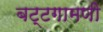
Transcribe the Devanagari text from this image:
बट्टगामणी